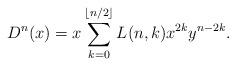
LaTeX: \begin{align*} D^n(x) = x \sum_{k=0}^{\lfloor n/2 \rfloor} L(n,k) x^{2k} y^{n-2k}.\end{align*}